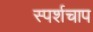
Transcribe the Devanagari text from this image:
स्पर्शचाप